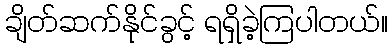
ချိတ်ဆက်နိုင်ခွင့် ရရှိခဲ့ကြပါတယ်။